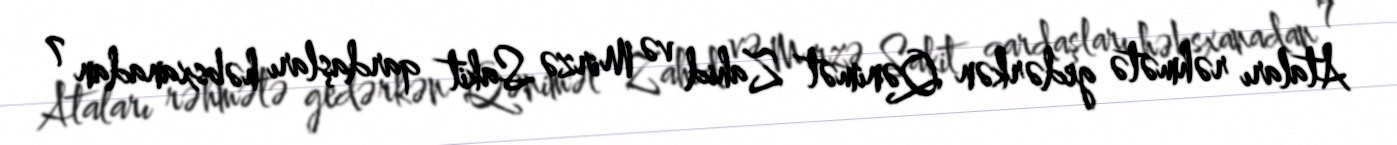
Ataları rəhmətə gedərkən Qənimət Zahid və Mirzə Sakit qardaşları həbsxanadan 7